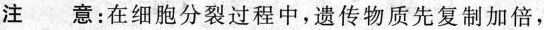
注 意：在细胞分裂过程中，遗传物质先复制加倍，